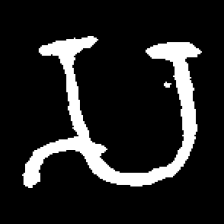
Pyu character \u2014 Myanmar letter: သ (romanized: sa)